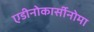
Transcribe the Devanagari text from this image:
एडीनोकार्सीनोमा